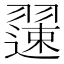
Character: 𫅯